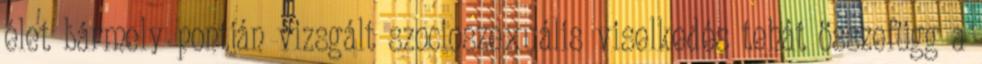
élet bármely pontján vizsgált szocioszexuális viselkedés tehát összefügg a